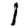
Digit: 1